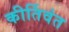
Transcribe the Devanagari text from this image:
कीर्तिवंत